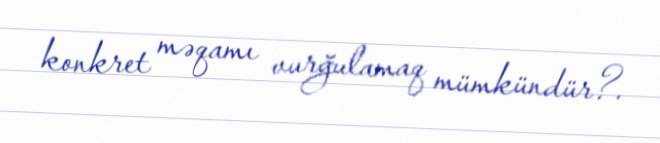
konkret məqamı vurğulamaq mümkündür?.